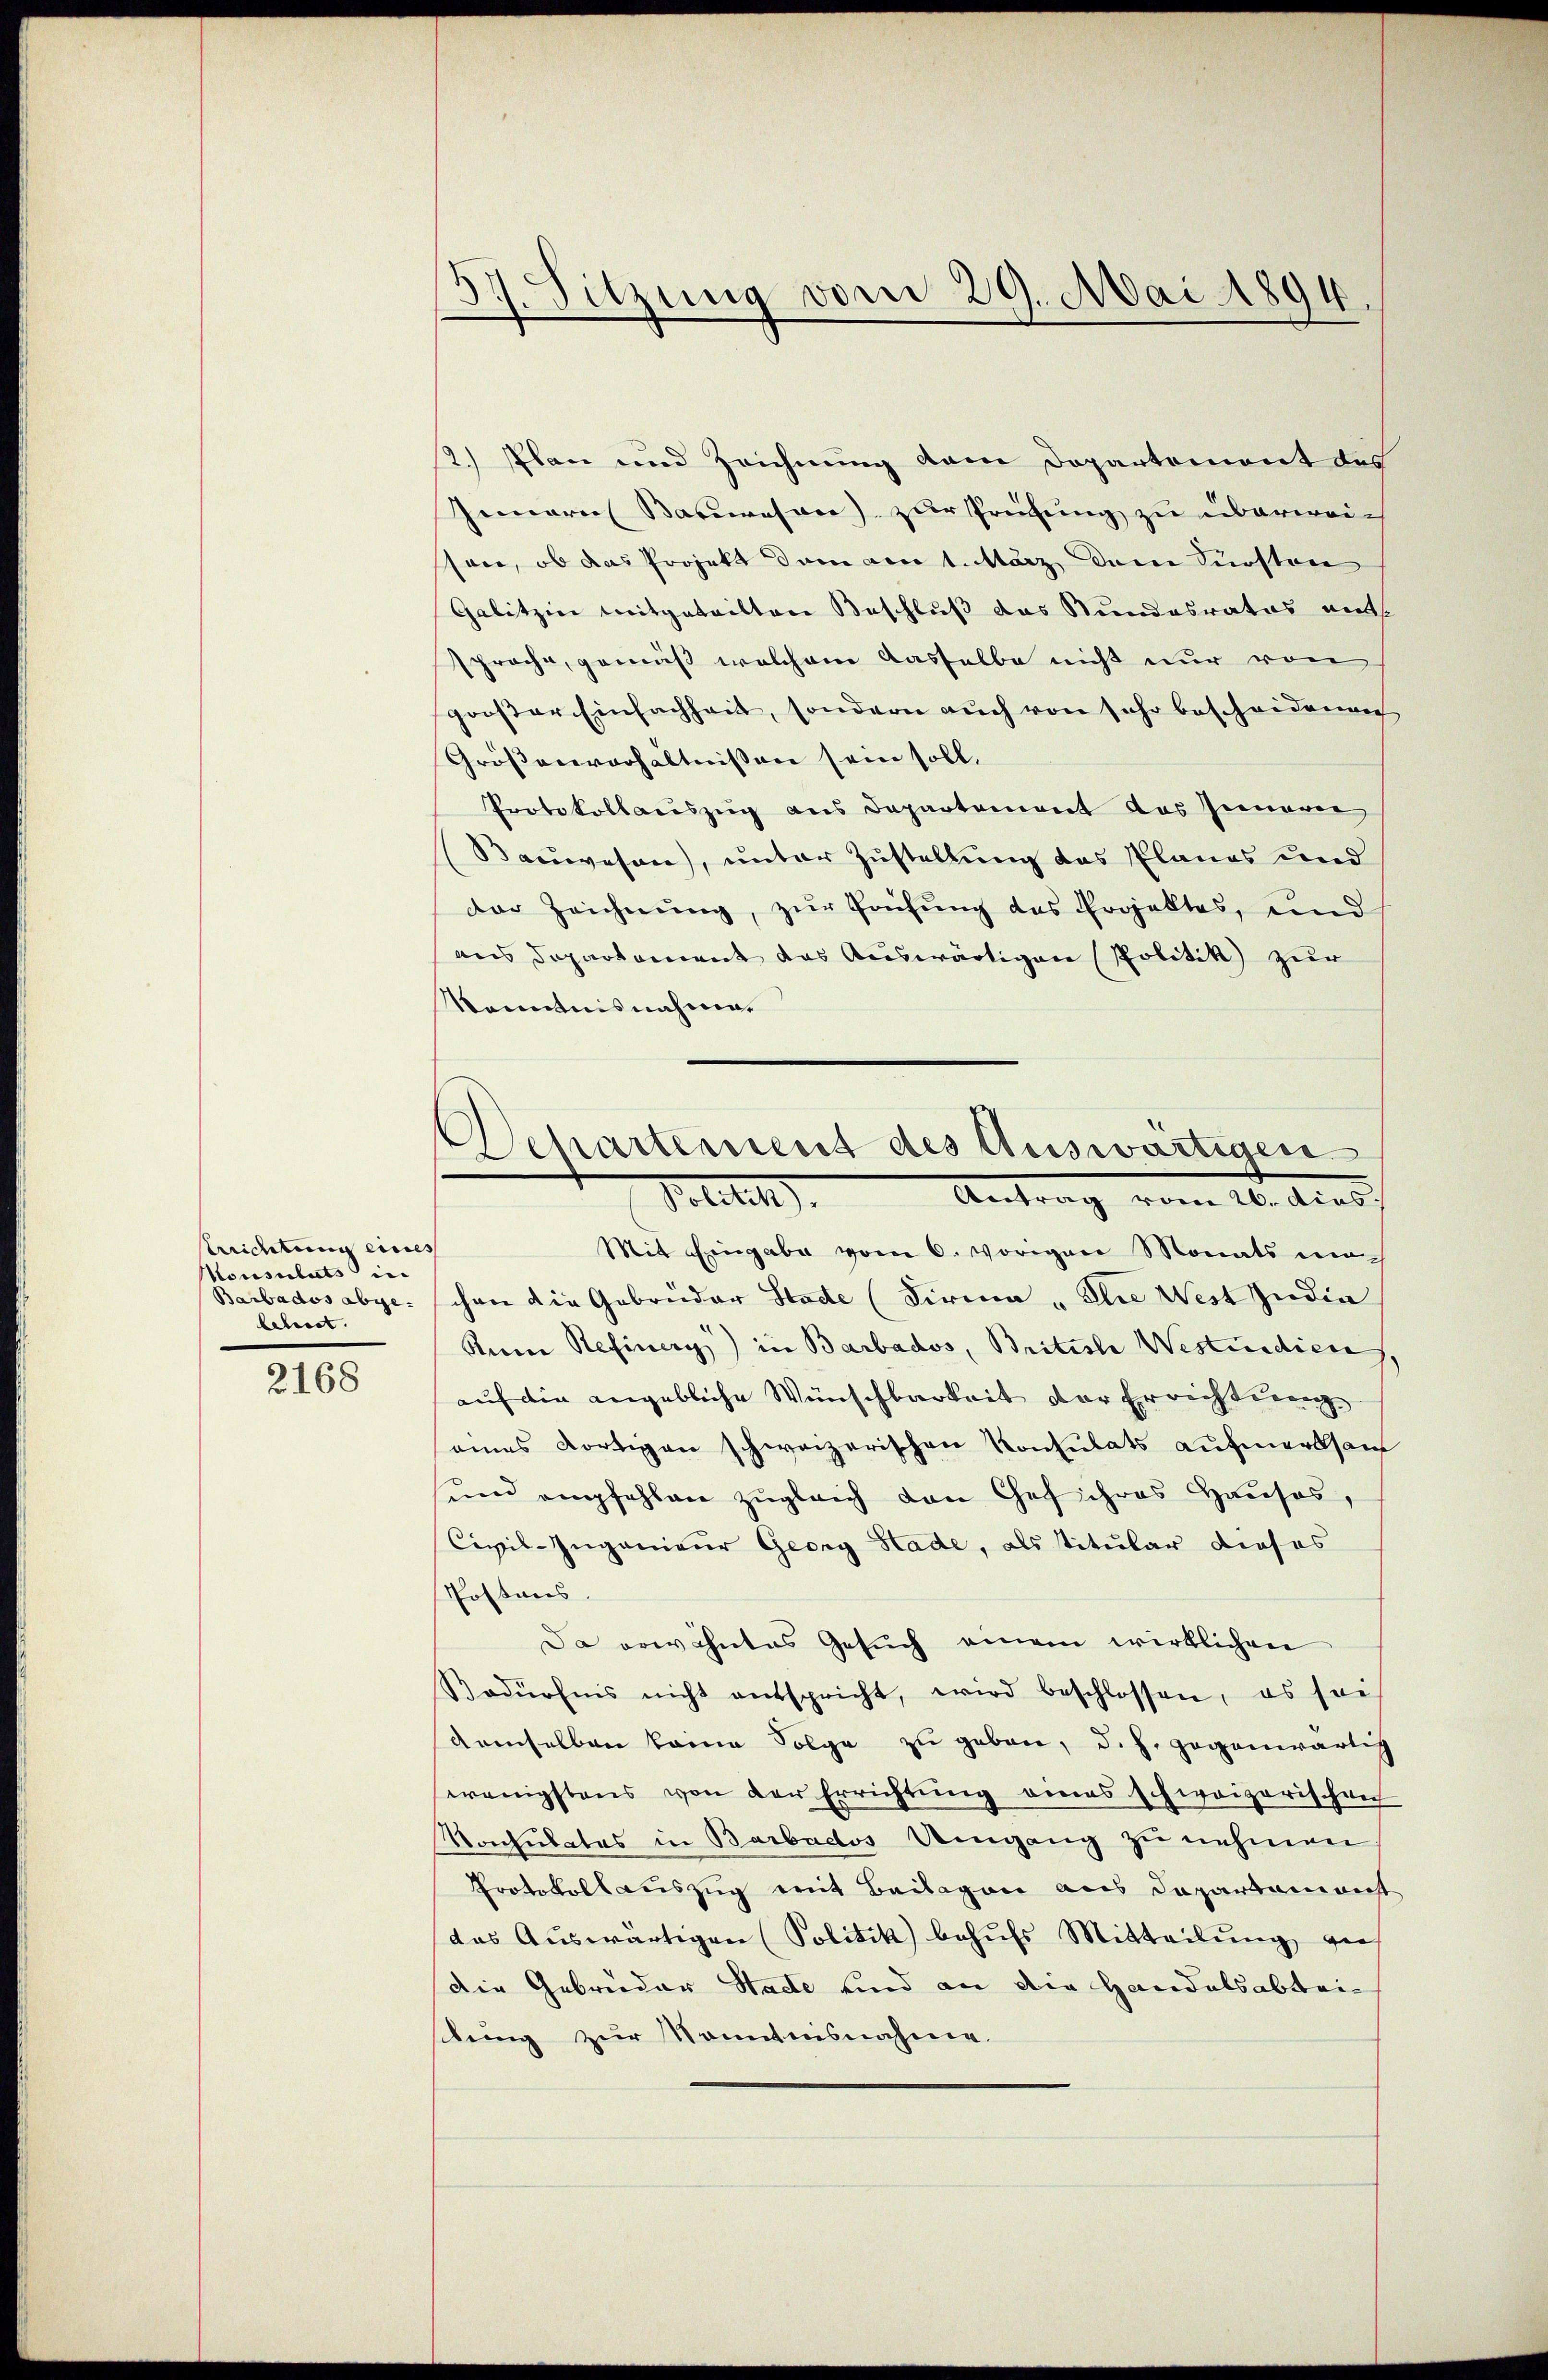
Cerrichtung eines
Konsulats in
Barbados abgebebenst. |

2168

2.) Plan und Zeichnung dem Departement des
Jenarer Bacasane) zur Prüfung zu überweison, ob das Projekt dem ain 1. März dem Fürsten
Galitzin mitgetrittene Beschluß das Stundesrates ents
sprache, gemäß welchem dasselbe nicht nur von
großer Einfachheit, sondern auch von sehr bescheidenen
Größereverhältnissen sein soll,
Protokollauszug aus Departement das Inneren
Bauwesen), unter Zustellung des Planes und
der Zeichnŭng, zŭr Prüfung des Projektes, und
aus Departament das Auswärtigen Politik zur
Kenntnisnahmen

57. Sitzung vom 29. Mai 1894

Departement des Auswärtigen
Antrag vom 26. Ains.
Petitel

Mit Eingabe vom 6. vorigen Monats ver-
chen die Gebrüder Stade (Firma „Sie West India
Ruine Refiner) in Barbados, Britiste Westicediene,
auf die angebliche Wünschbarkeit der Errichtung
eines dortigen schweizerischen Konsulats aufmerksam
und empfehlen zugleich den Chef ihres Hauses,
Civil-Ingenieur Georg Stade, als titular dieses
Postens.
Da erwähntes Gesuch einem wirklichen
Nodürfnis nicht entspricht, wird beschlossen, es soe
demselben kame Folge zu geben, d.h. gegenwärtig
wenigstens von der Errichtung eines schweizerischen
Konsulates in Barbados Umgang zŭ nehmen,
Protokoll auszug mit Beilagen aus Departamenst
das Aŭswärtigen (Politik behŭfs Mitteilŭng ger
die Gebrieder Hade und an die Handelsabtei-
stung zur Kenntnisnahme.